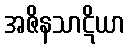
အဇိနသာဋိယာ